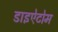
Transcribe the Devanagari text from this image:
डाइऐटोम